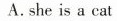
A.she is a cat